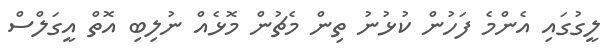
ލީގުގައި އެންމެ ފަހުން ކުޅުނު ތިން މެޗުން މޮޅެއް ނުލިބި އޮތް އީގަލްސް